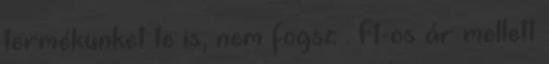
termékünket te is, nem fogsz . Ft-os ár mellett